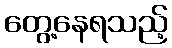
တွေ့နေရသည့်